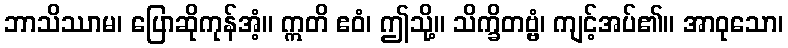
ဘာသိဿာမ၊ ပြောဆိုကုန်အံ့။ ဣတိ ဧဝံ၊ ဤသို့။ သိက္ခိတဗ္ဗံ၊ ကျင့်အပ်၏။ အာဝုသော၊